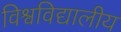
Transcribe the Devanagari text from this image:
विश्वविद्यालीय